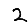
Digit: 2